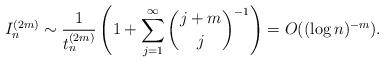
LaTeX: \begin{align*}I_n^{(2m)} \sim \frac{1}{ t^{(2m)}_n} \left(1+\sum^{\infty}_{j=1} \binom{j+m}{j}^{-1}\right)=O((\log n)^{-m}).\end{align*}